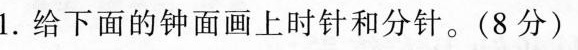
1.给下面的钟面画上时针和分针。(8分)